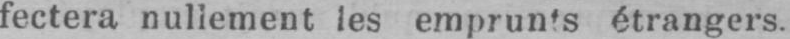
fectera nullement les emprunts étrangers.